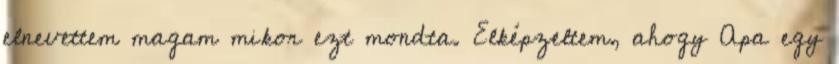
elnevettem magam mikor ezt mondta. Elképzeltem, ahogy Apa egy